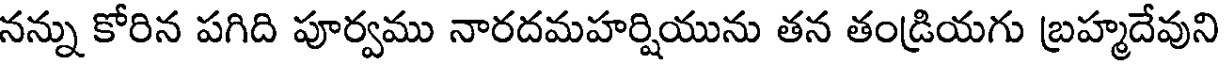
నన్ను కోరిన పగిది పూర్వము నారదమహర్షియును తన తండ్రియగు బ్రహ్మదేవుని